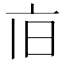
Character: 𪜢